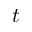
t